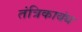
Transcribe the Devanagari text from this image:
तंत्रिकाबंध